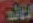
العائدة